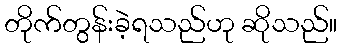
တိုက်တွန်းခဲ့ရသည်ဟု ဆိုသည်။